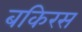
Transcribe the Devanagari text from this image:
बकिरस